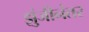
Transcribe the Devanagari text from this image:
झुंजीनंतर